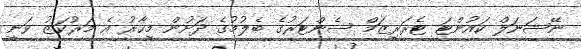
ނޭޝަނަލް ކައުންޓަ ޓެރަރިޒަމް ސެންޓަރުގެ ބެލުމުގެ ދަށުން މިހާރު އެ މަރުކަޒު ވަނީ